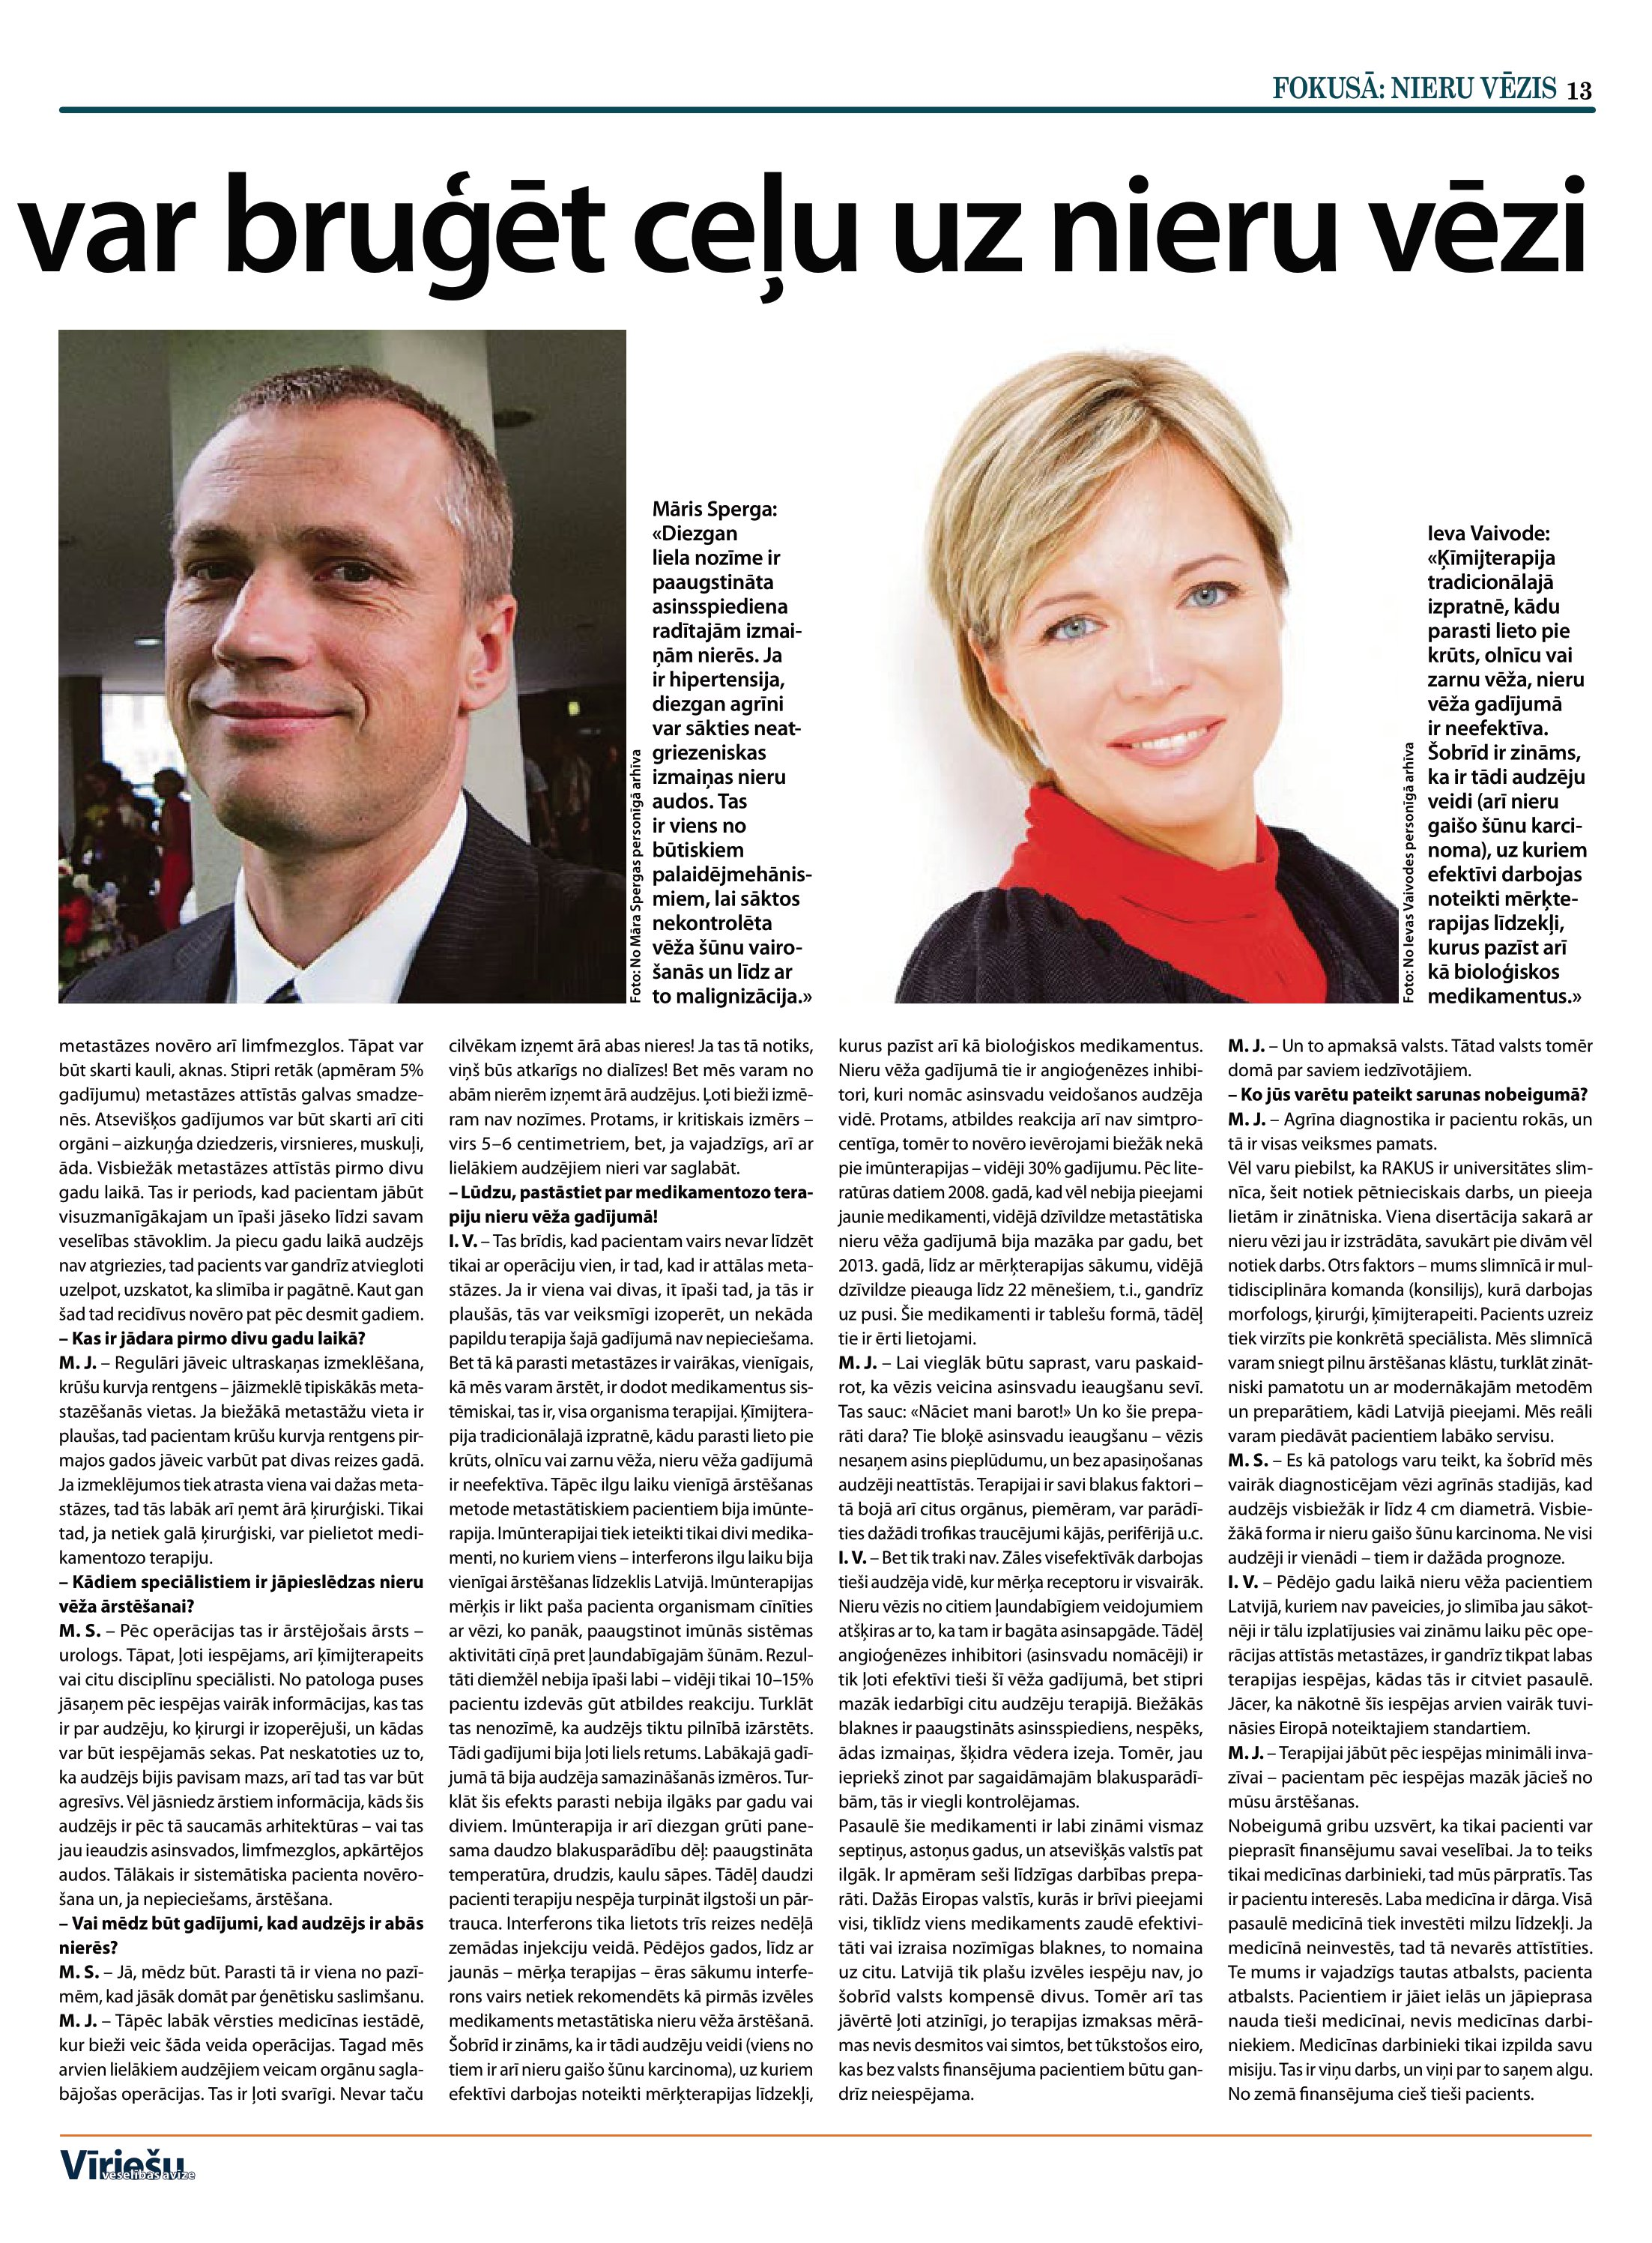
Language: lv